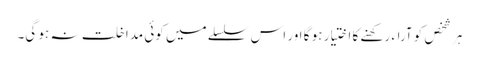
ہر شخص کو آراء رکھنے کا اختیار ہو گا اور اس سلسلے میں کوئی مداخلت نہ ہو گی۔